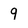
Character: 9